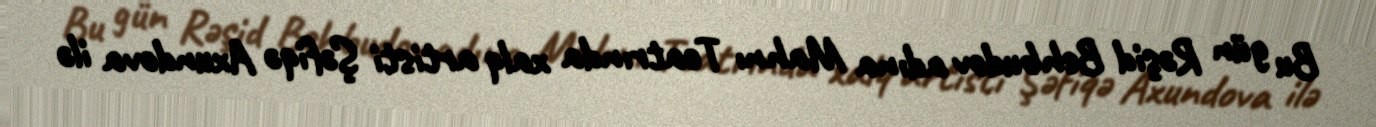
Bu gün Rəşid Behbudov adına Mahnı Teatrında xalq artisti Şəfiqə Axundova ilə